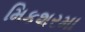
મિકશરમા